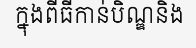
ក្នុងពីធីកាន់បិណ្ឌនិង